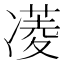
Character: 𮰈